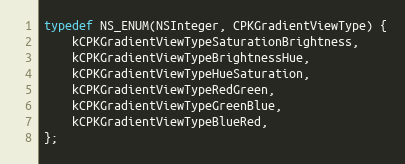
Language: C
typedef NS_ENUM(NSInteger, CPKGradientViewType) {
    kCPKGradientViewTypeSaturationBrightness,
    kCPKGradientViewTypeBrightnessHue,
    kCPKGradientViewTypeHueSaturation,
    kCPKGradientViewTypeRedGreen,
    kCPKGradientViewTypeGreenBlue,
    kCPKGradientViewTypeBlueRed,
};